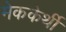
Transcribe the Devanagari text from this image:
मेककेर्थी